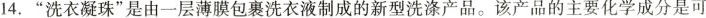
14.”洗衣凝珠”是由一层薄膜包裹洗衣液制成的新型洗涤产品。该产品的主要化学成分是可